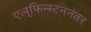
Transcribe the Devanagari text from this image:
एल्‌फिन्स्टननंतर